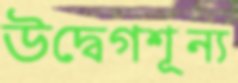
উদ্বেগশূন্য